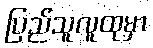
ပြည်သူလူထုမှာ